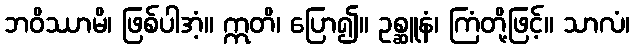
ဘဝိဿာမိ၊ ဖြစ်ပါအံ့။ ဣတိ၊ ပြော၍။ ဥစ္ဆူနံ၊ ကြံတို့ဖြင့်။ သာလံ၊